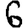
Digit: 6